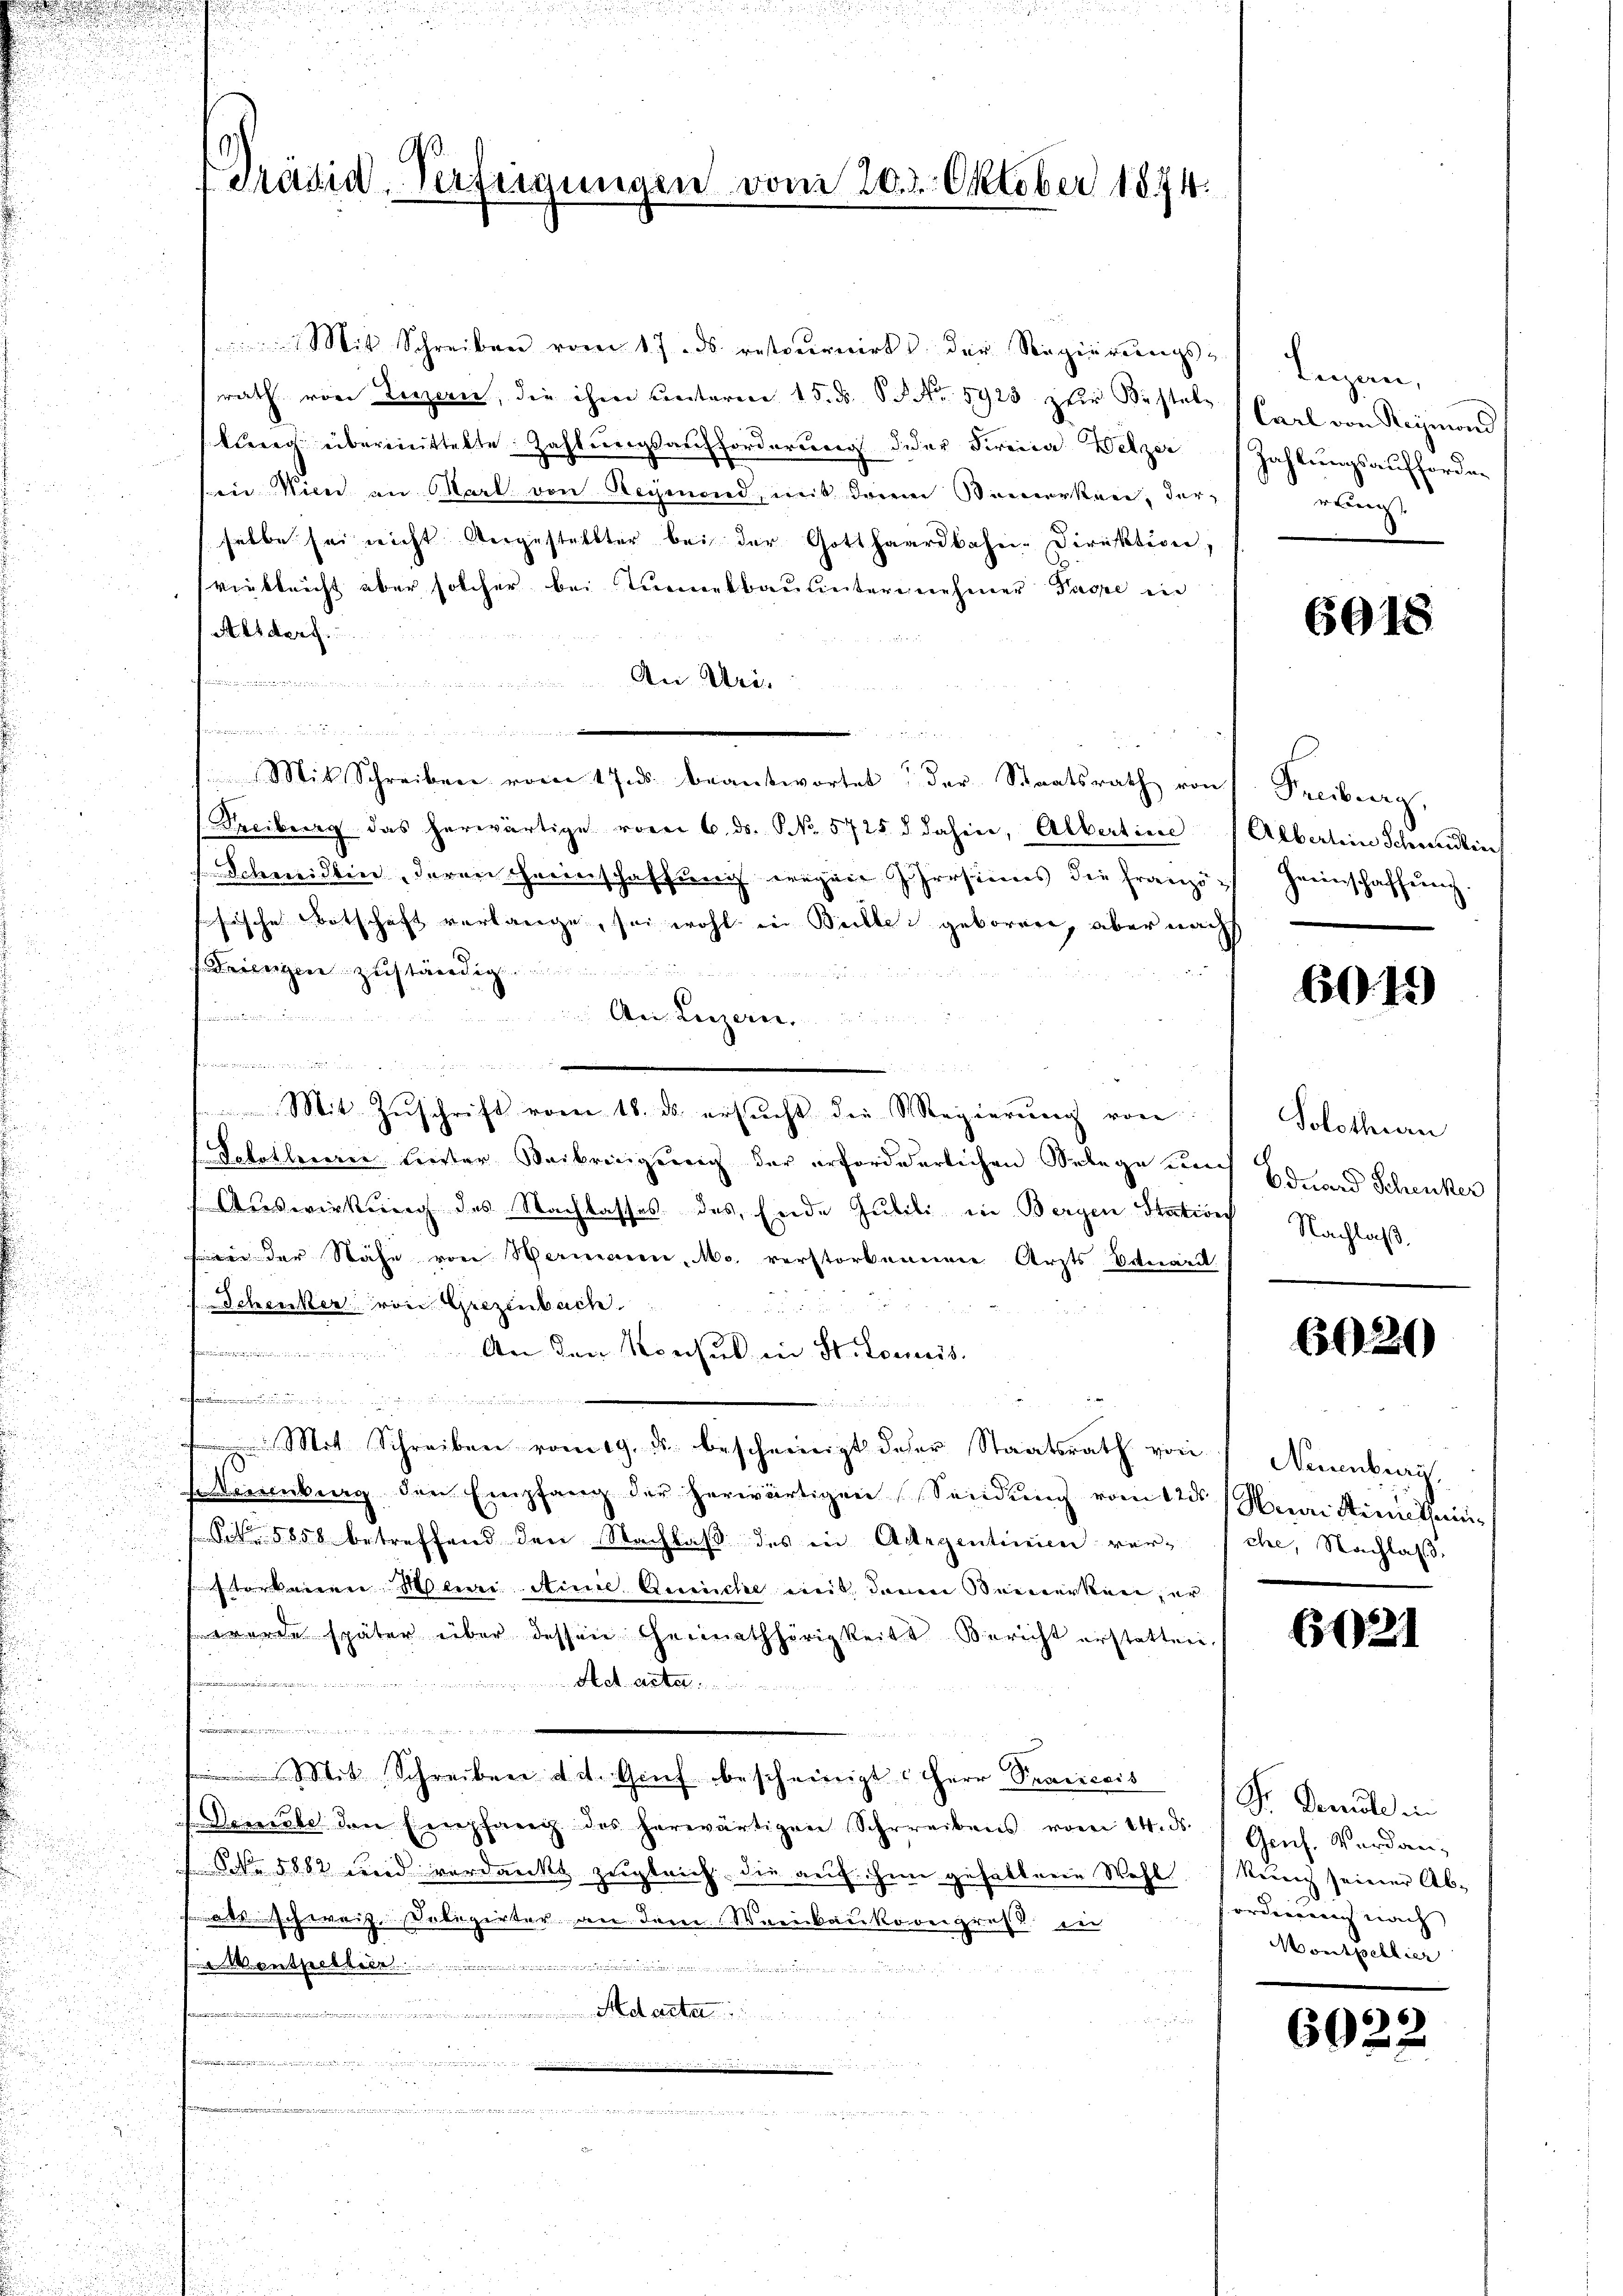
Prädid-Verfügungen vom 20.2. Oktober 1874.

Mit Schreiben vom 17. ds retoŭrnirt der Regierŭngs-
rath von Luzern, die ihm Cantorene 15. ds. S. No 5923 zur Bestaltlig übermittelte Zahlungsaufforderung der Firmida Welzer
in Wien an Marl von Reymond, mit dem Bemerken, derselbe sei nicht vorgestellter bei der Gotthaardbahn-Direktion,
(vielleicht aber solcher bei Turnerbauunternehmer Pässe in
Alsdorf.

. Uri.
  wenn die Ehren
r
Mit Schreiben vom 17. ds. beantwortet der Staatsrath von
Freibung das herwärtige vom 6. ds. No. 5725 d dahin, Albertine
Schmidlin, deren herenschaffung wegen persinns die Franzöhische Botschaft verlange, sei wohl in Bille geboren, aber nach
Dringen zuständig

dete des
genen den
An Luzern.
ee   eine gefällig seien den und in der
Mit Zŭschrift vom 18. ds. ersŭcht die Regierŭng von
Solotlererer Liester Weibringung der erforderlichen Belege um
Auswirkung des Nachlasses des Ende Gubeli in Bergen Station
ii der Nähe von Hermann, Mo. verstorbennen Arzts Eduard
Schenker von Grezenbach.
u keinen anderen
An den Konsul in St. Lomeis
.
Mit Schreiben vom 19. ds. bescheinigt daher Staatsrath von Neuenburg,
nburg den Empfang der herwärtigen Sendung vom 125. Mai Sinne thein¬
 S. 5858 betreffend den Nachlaß des in Aargentinien vereien leere Annie Quaiche mit denen Bemerken, er
werde später über dessen Heimathörigkeits-Bericht erstatten,
...............
e
Mit Schreiber tit. Grief bescheinigt. Herr Praicais
Demele den Empfang des herwärtigen Schreibens vom 14. ds. Genf. Wardan¬
ON 5882 wird verdankt zugleich, die auf hin gehalt nein Wahl
wart. Ich weifenseligirter der Jene Werikankovergros ein
.............................
 1 1
u
Adlerstat

Lugan
Carl von Reymond
Zahlungsaufforder
rling

6018

Freiburg,
Alberlein Schweiden
Heeinschaffung.

604)

Solothurn
Eduard Schenker
Nachlaß

6020

che, Nachlaß

121

Sr. Darle in
Remich seiner Ab-
orderannach nach |
Montschlier

6022